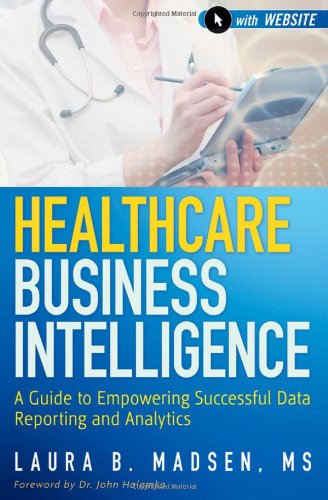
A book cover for Healthcare Business Intelligence, + Website: A Guide to Empowering Successful Data Reporting and Analytics; Laura B. Madsen; Computers & Technology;